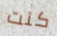
كنت